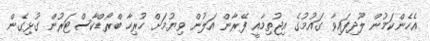
އެހެންކަމުން ލޫދިފައިވާ ގައުމުގެ އިޖުތިމާއީ ފޭރާން އަލުން ވިޔުމަށް ހުރިހާ ބްރޯޑްކާސްޓަރުން ގުޅިގެން